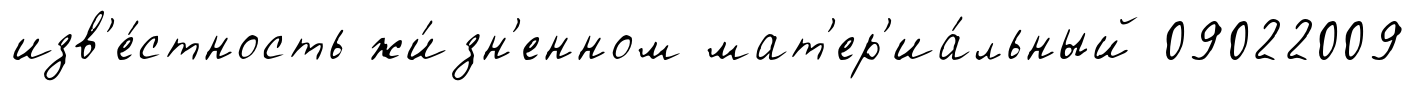
изв'е́стность жи́зн'енном мат'ер'иа́льный 09022009